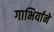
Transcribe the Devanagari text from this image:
गाभिर्याने